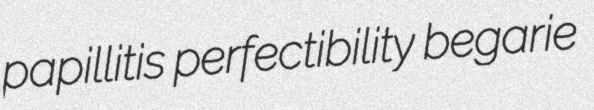
papillitis perfectibility begarie